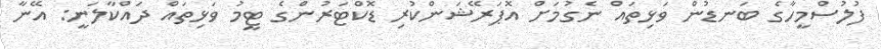
ފުލުސްމީހާގެ ބަނޑުން ވަޅިތައް ނެގުމަށް އޮޕަރޭޝަންކުރި ޑޮކްޓަރުންގެ ޓީމު ވަޅިތައް ދައްކާލަނީ: އޭނާ